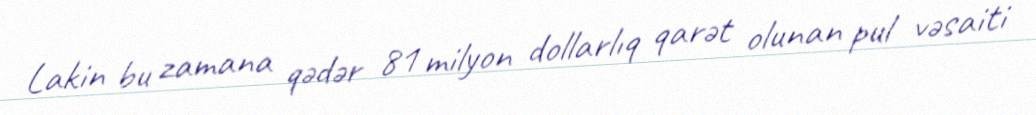
Lakin bu zamana qədər 81 milyon dollarlıq qarət olunan pul vəsaiti